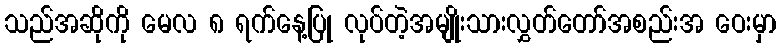
သည်အဆိုကို မေလ ၈ ရက်နေ့ပြု လုပ်တဲ့အမျိုးသားလွှတ်တော်အစည်းအ ဝေးမှာ